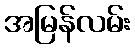
အမြန်လမ်း